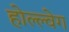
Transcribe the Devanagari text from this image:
होल्ल्वेग